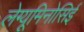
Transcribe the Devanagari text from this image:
लेग्यूमिनोसिई